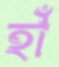
হাঁ